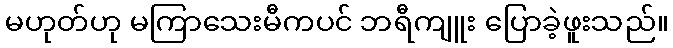
မဟုတ်ဟု မကြာသေးမီကပင် ဘရီကျူး ပြောခဲ့ဖူးသည်။